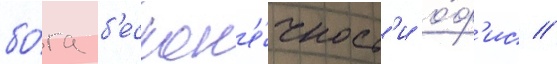
бо́га б'ескон'е́чност'и о́ф'ис //